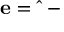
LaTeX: \mathbf { e } = { \hat { \mathbf { \theta } } } - \mathbf { \theta }